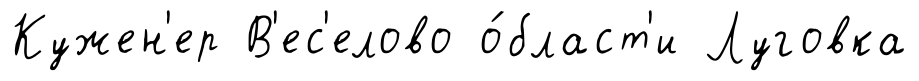
Кужен'ер В'ес'елово о́бласт'и Луговка